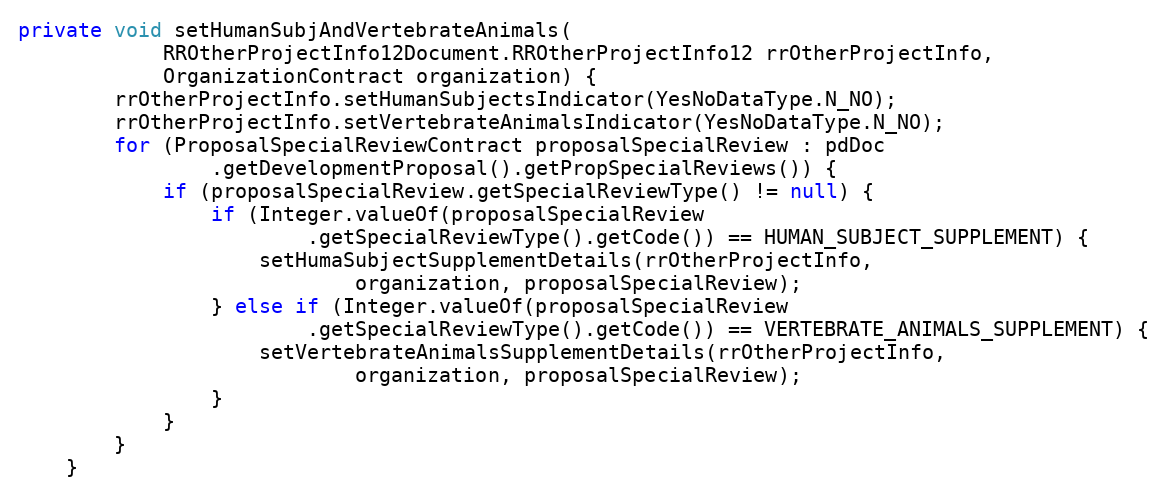
Language: Java
private void setHumanSubjAndVertebrateAnimals(
			RROtherProjectInfo12Document.RROtherProjectInfo12 rrOtherProjectInfo,
			OrganizationContract organization) {
		rrOtherProjectInfo.setHumanSubjectsIndicator(YesNoDataType.N_NO);
		rrOtherProjectInfo.setVertebrateAnimalsIndicator(YesNoDataType.N_NO);
		for (ProposalSpecialReviewContract proposalSpecialReview : pdDoc
				.getDevelopmentProposal().getPropSpecialReviews()) {
			if (proposalSpecialReview.getSpecialReviewType() != null) {
				if (Integer.valueOf(proposalSpecialReview
						.getSpecialReviewType().getCode()) == HUMAN_SUBJECT_SUPPLEMENT) {
					setHumaSubjectSupplementDetails(rrOtherProjectInfo,
                            organization, proposalSpecialReview);
				} else if (Integer.valueOf(proposalSpecialReview
						.getSpecialReviewType().getCode()) == VERTEBRATE_ANIMALS_SUPPLEMENT) {
					setVertebrateAnimalsSupplementDetails(rrOtherProjectInfo,
							organization, proposalSpecialReview);
				}
			}
		}
	}